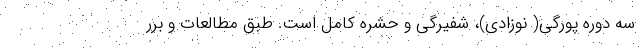
سه دوره پورگی( نوزادی)، شفیرگی و حشره کامل است. طبق مطالعات و برر